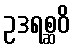
ဥဒရစ္ဆဝိ